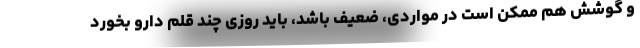
و گوشش هم ممکن است در مواردی، ضعیف باشد، باید روزی چند قلم دارو بخورد